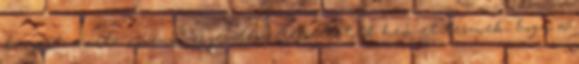
burgert, amibe növényi erjesztéssel előállított hem-et tesznek, hogy a